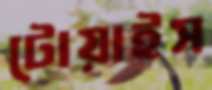
টোয়াইস